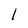
Character: 1